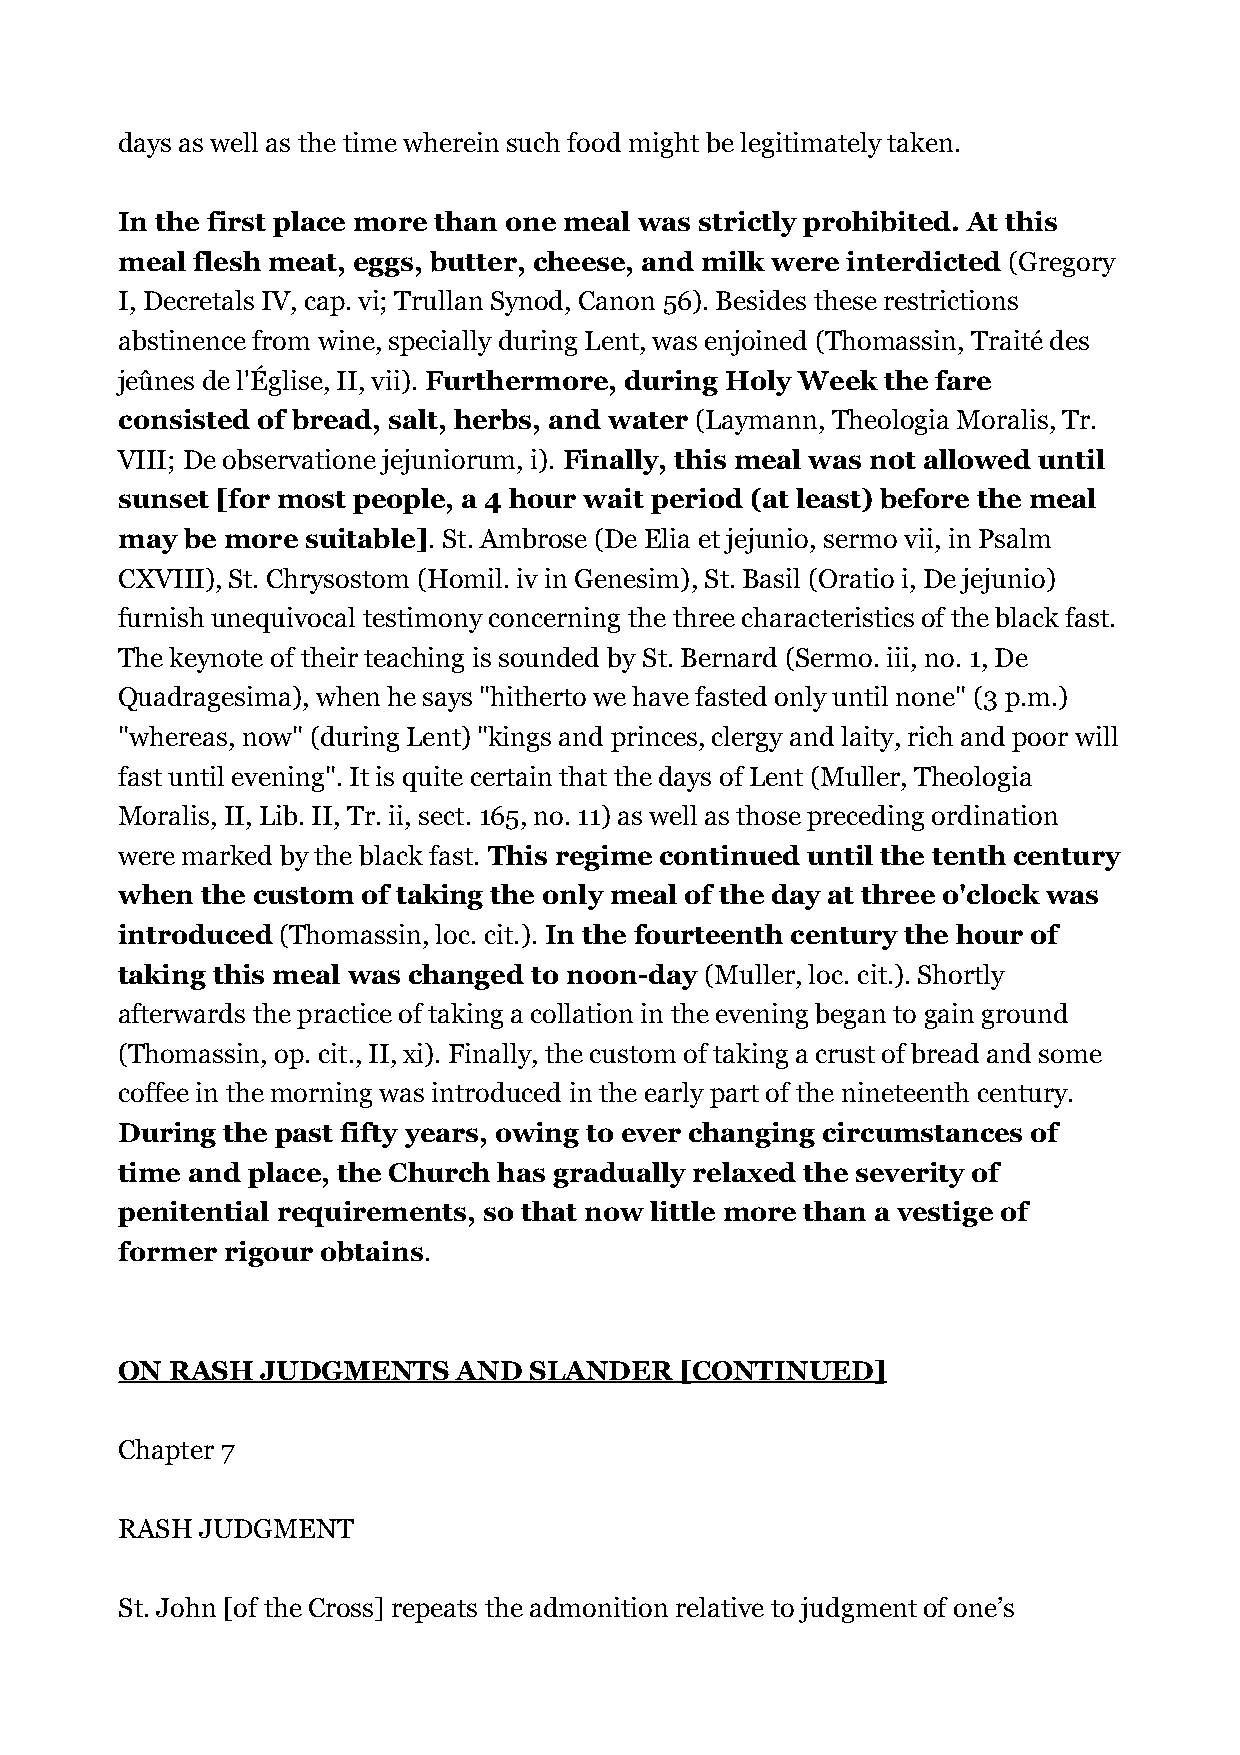
days as well as the time wherein such food might be legitimately taken.
 In the first place more than one meal was strictly prohibited. At this
 meal flesh meat, eggs, butter, cheese, and milk were interdicted (Gregory
 I, Decretals IV, cap. vi; Trullan Synod, Canon 56). Besides these restrictions
 abstinence from wine, specially during Lent, was enjoined (Thomassin, Traité des
 jeûnes de l'Église, II, vii). Furthermore, during Holy Week the fare
 consisted of bread, salt, herbs, and water (Laymann, Theologia Moralis, Tr.
 VIII; De observatione jejuniorum, i). Finally, this meal was not allowed until
 sunset [for most people, a 4 hour wait period (at least) before the meal
 may be more suitable]. St. Ambrose (De Elia et jejunio, sermo vii, in Psalm
 CXVIII), St. Chrysostom (Homil. iv in Genesim), St. Basil (Oratio i, De jejunio)
 furnish unequivocal testimony concerning the three characteristics of the black fast.
 The keynote of their teaching is sounded by St. Bernard (Sermo. iii, no. 1, De
 Quadragesima), when he says "hitherto we have fasted only until none" (3 p.m.)
 "whereas, now" (during Lent) "kings and princes, clergy and laity, rich and poor will
 fast until evening". It is quite certain that the days of Lent (Muller, Theologia
 Moralis, II, Lib. II, Tr. ii, sect. 165, no. 11) as well as those preceding ordination
 were marked by the black fast. This regime continued until the tenth century
 when the custom of taking the only meal of the day at three o'clock was
 introduced (Thomassin, loc. cit.). In the fourteenth century the hour of
 taking this meal was changed to noon-day (Muller, loc. cit.). Shortly
 afterwards the practice of taking a collation in the evening began to gain ground
 (Thomassin, op. cit., II, xi). Finally, the custom of taking a crust of bread and some
 coffee in the morning was introduced in the early part of the nineteenth century.
 During the past fifty years, owing to ever changing circumstances of
 time and place, the Church has gradually relaxed the severity of
 penitential requirements, so that now little more than a vestige of
 former rigour obtains.
 ON RASH  JUDGMENTS    AND  SLANDER   [CONTINUED]
 Chapter 7
 RASH JUDGMENT
 St. John [of the Cross] repeats the admonition relative to judgment of one’s